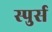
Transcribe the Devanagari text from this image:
स्पुर्स